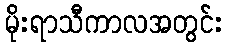
မိုးရာသီကာလအတွင်း